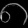
Digit: ၈